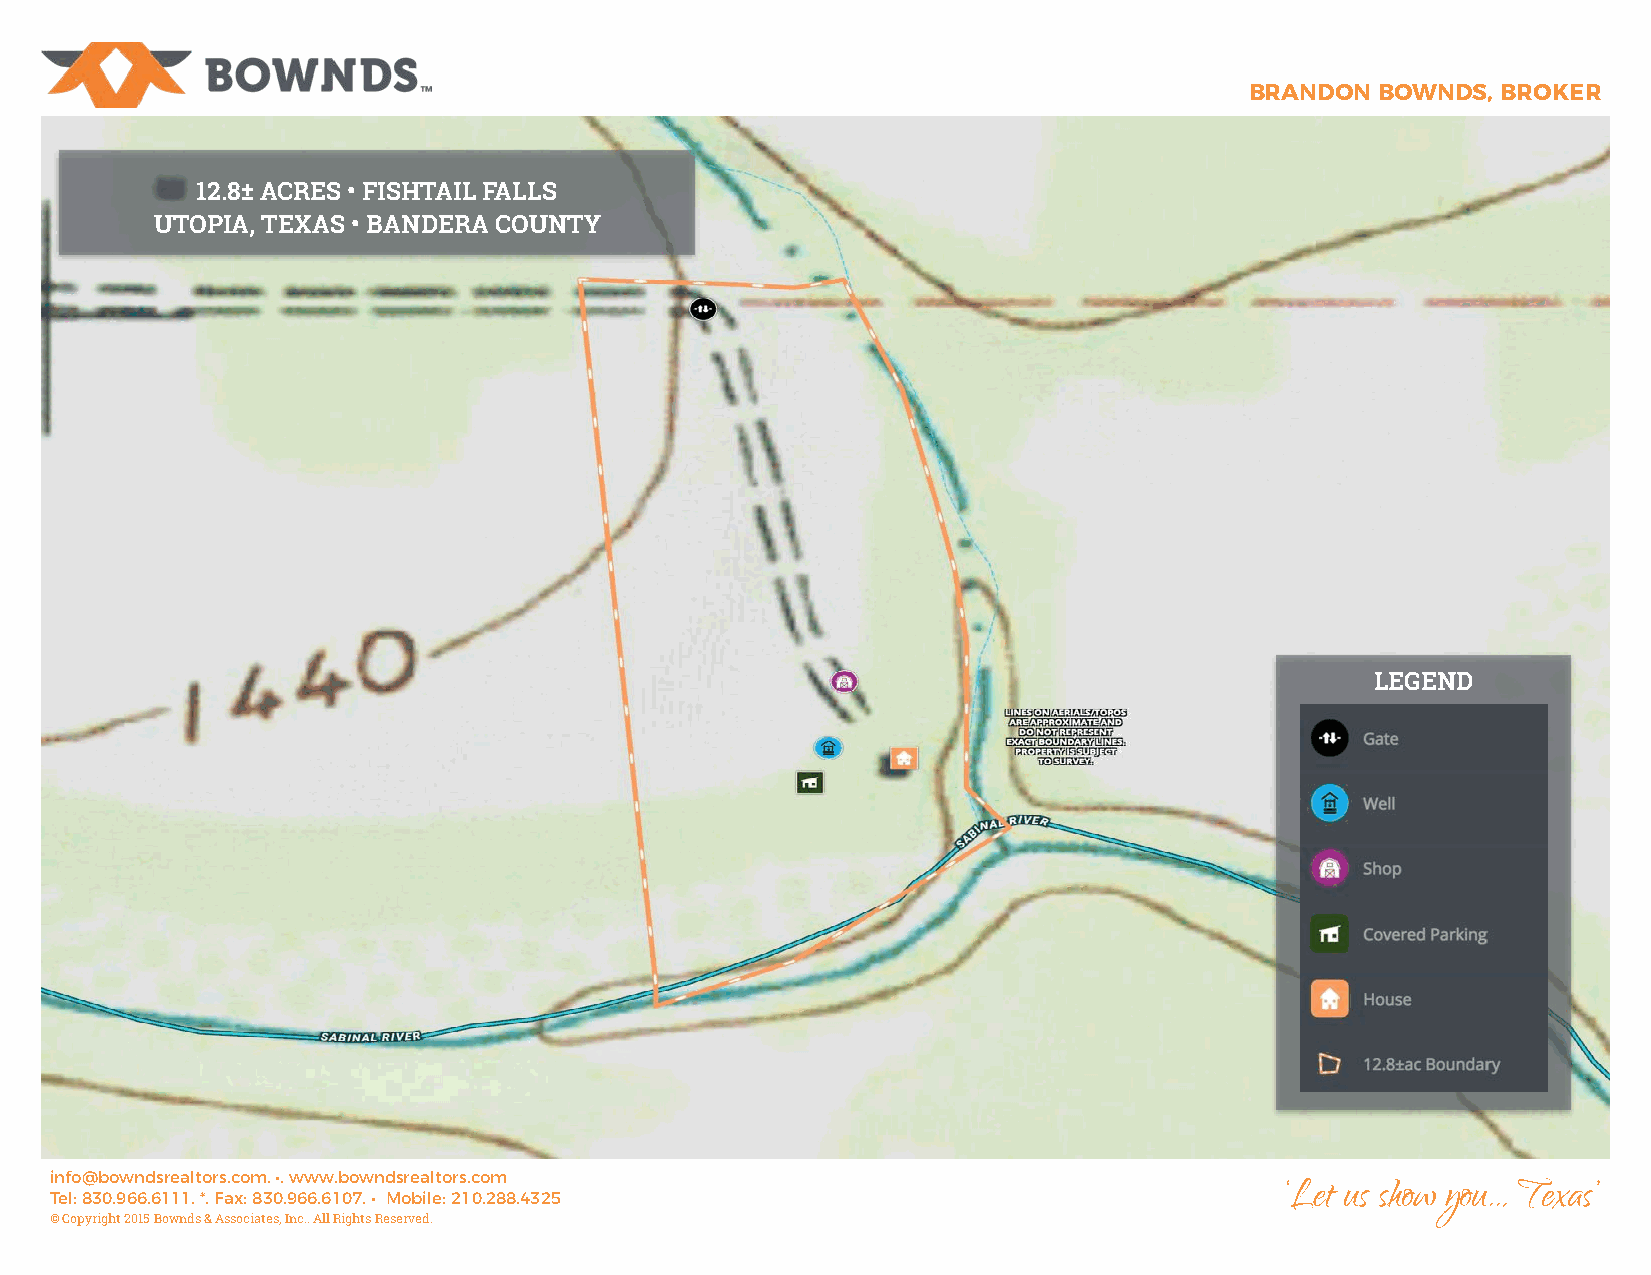
BRANDON BOWNDS, BROKER
 12.8± ACRES • FISHTAIL FALLS
 UTOPIA, TEXAS • BANDERA COUNTY
 LEGEND
 info@bowndsrealtors.com. •. www.bowndsrealtors.com
 ‘Let us show you… Texas’
 Tel: 830.966.6111. *. Fax: 830.966.6107. • Mobile: 210.288.4325
 © Copyright 2015 Bownds & Associates, Inc.. All Rights Reserved.